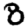
Digit: 8